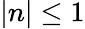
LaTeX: |n|\leq 1